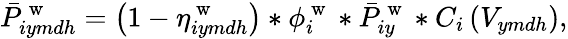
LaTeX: \bar{P}_{iymdh}^{\mathrm{~w~}}=\left(1-\eta_{iymdh}^{\mathrm{~w~}}\right)*\phi_{i}^{\mathrm{~w~}}*\bar{P}_{iy}^{\mathrm{~w~}}*C_{i}\left(V_{ymdh}\right),